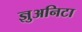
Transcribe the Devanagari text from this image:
ज्ञुअनिटा